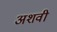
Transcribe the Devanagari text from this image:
अशवी